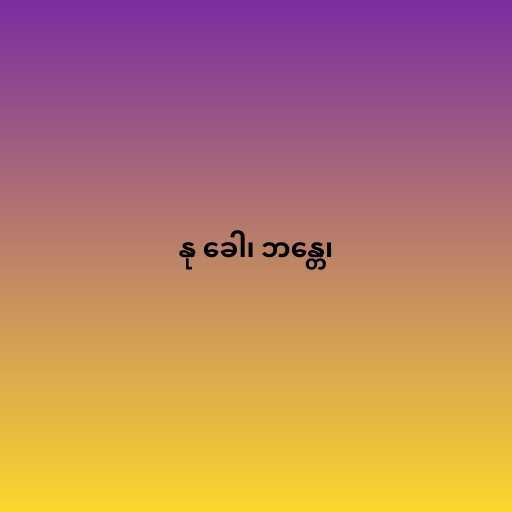
နု ခေါ၊ ဘန္တေ၊